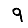
Digit: 9